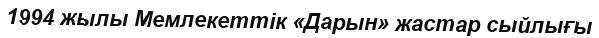
1994 жылы Мемлекеттік «Дарын» жастар сыйлығы